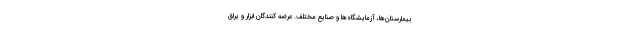
بیمارستان‌ها، آزمایشگاه‌ها و صنایع مختلف. عرضه کنندگان ابزار و یراق